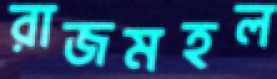
রাজমহল